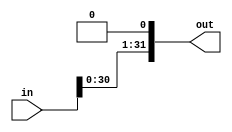
module sll_1(out, in);
	input[31:0] in;
	output[31:0] out;

	assign out[0] = 0;
	assign out[31:1] = in[30:0];

endmodule